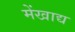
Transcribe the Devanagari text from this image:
मेंखाद्य